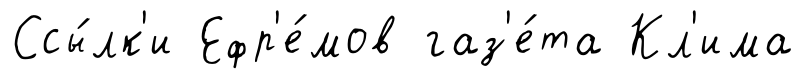
Ссы́лк'и Ефр'е́мов газ'е́та Кл'има